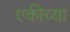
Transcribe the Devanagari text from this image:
एकीच्या